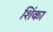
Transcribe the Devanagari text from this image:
शिंका